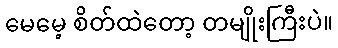
မေမေ့ စိတ်ထဲတော့ တမျိုးကြီးပဲ။